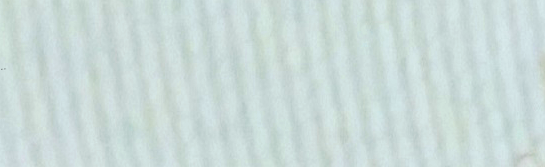
موقف خاص